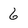
Character: 6